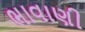
ભાવાણી